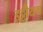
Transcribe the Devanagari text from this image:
इट्टीयम